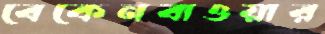
বেকেনবাওয়ার